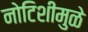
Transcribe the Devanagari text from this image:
नोटिशीमुळे